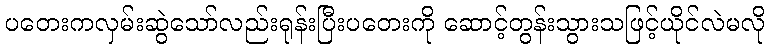
ပတေးကလှမ်းဆွဲသော်လည်းရုန်းပြီးပတေးကို ဆောင့်တွန်းသွားသဖြင့်ယိုင်လဲမလို